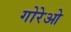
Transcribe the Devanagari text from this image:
गोरेओ